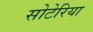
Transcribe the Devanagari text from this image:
सोटेरिया